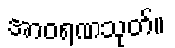
အာဝရဏသုတ်။